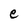
Character: e